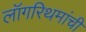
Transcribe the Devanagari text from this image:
लॉगरिथमांची